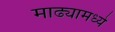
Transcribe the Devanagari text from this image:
माढ्यामध्ये